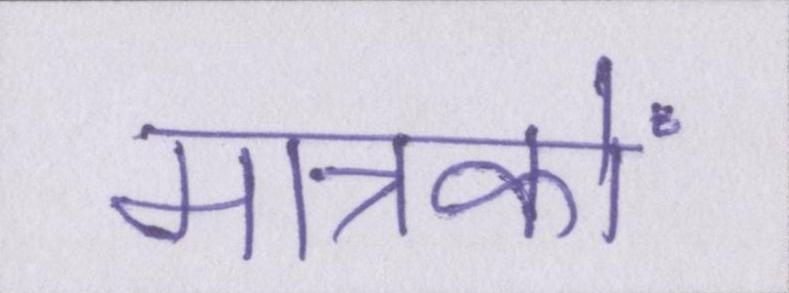
मात्रकों